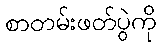
စာတမ်းဖတ်ပွဲကို